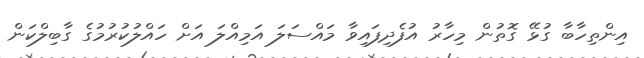
އިންތިހާބާ ގުޅޭ ގޮޮތުން މިހާރު އުފެދިފައިވާ މައްސަލަ އަމިއްލަ އަށް ހައްލުކުރުމުގެ ގާބިލްކަން